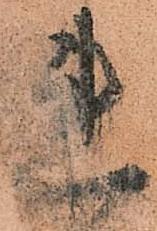
連